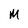
Character: M